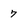
Character: 7